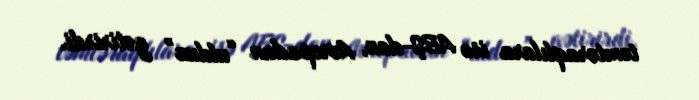
təmtəraqlılara isə ABŞ-dan, Avropadan “ulduz” gətirirdi.